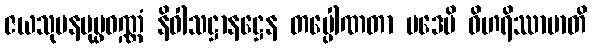
ဇယသုမနပုပ္ဖဝဏ္ဏံ နိဝါသဋ္ဌာနဋ္ဌေန တပ္ပေါဏတာ ပဒေပိ ဝိဟရိဿာမာတိ